Statistics compiled by the Government of India from the reports of provincial Civil Veterinary Departments
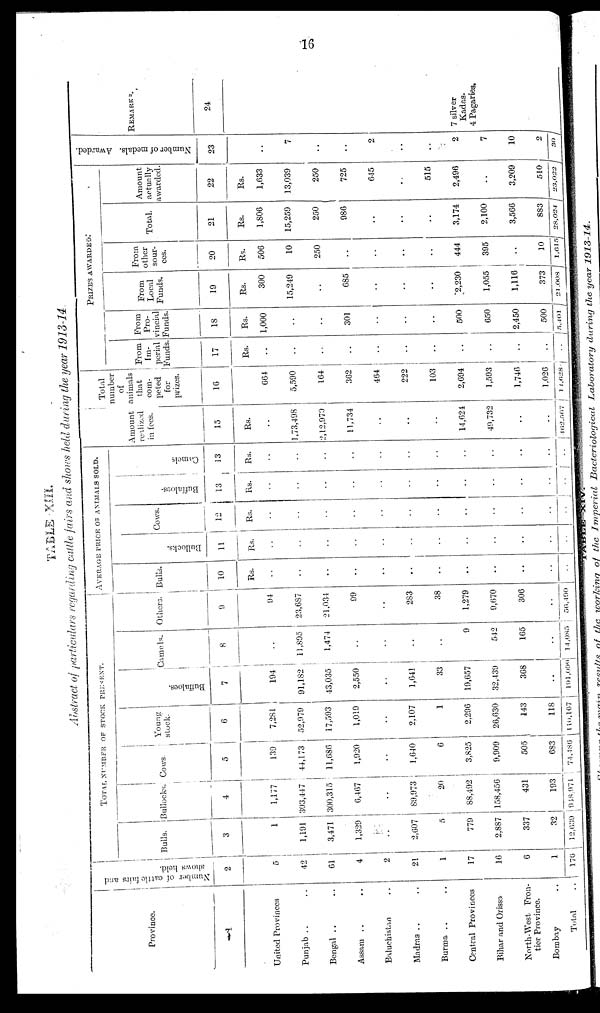
16
TABLE XIII.
Abstract of particulars regarding cattle fairs and shows held during the year 1913-14.
Province.
1
United Provinces
Punjab .. ..
Bengal .. ..
Assam .. ..
Baluchistan ..
Madras .. ..
Burma .. ..
Central Provinces
Bihar and Orissa
North-West Fron-
tier Province.
Bombay ..
Total ..
Number of cattle fairs and
shows held.
2
5
42
61
4
2
21
1
17
16
6
1
176
TOTAL NUMBER OF STOCK PRESENT.
Bulls.
3
1
1,191
3,471
1,329
..
2,607
5
779
2,887
337
32
12,639
Bullocks.
4
1,177
303,447
300,315
6,467
..
89,973
20
88,492
158,456
431
193
948,971
Cows
5
139
44,173
11,686
1,920
..
1,640
6
3,825
9,909
505
683
74,186
Young
stock.
6
7,281
52,979
17,593
1,019
..
2,107
1
2,296
26,630
143
118
110,167
Buffaloes.
7
194
91,182
43,035
2,550
..
1,641
33
19,657
32,439
368
..
191,099
Camels.
8
..
11,895
1,474
..
..
..
..
9
542
165
..
14,085
Others.
9
94
23,687
21,034
99
..
283
38
1,279
9,670
306
....
56,190
AVERAGE PRICE OF ANIMALS SOLD.
Bulls.
10
Rs.
..
..
..
..
..
..
..
..
....
..
..
..
Bullocks.
11
Rs.
..
..
..
..
..
..
..
..
..
..
..
..
Cows.
12
Rs.
..
..
..
..
..
..
..
..
..
..
..
..
Buffaloes-
i3
Rs.
..
..
..
..
..
..
..
..
..
..
..
..
Camels
13
Rs.
..
..
..
..
..
..
..
..
..
..
..
..
Amount
realized
in fees.
15
Rs.
..
1,73,498
2,12,979
11,734
..
..
..
14,624
49,732
..
..
162,567
Total
number
of
animals
that
com-
peted
for
prizes.
16
664
5,590
164
362
464
222
103
2,694
1,593
1,746
1,026
14,628
PRIZES AWARDED.
From
Im-
perial
Funds.
17
Rs.
..
..
..
..
..
....
..
..
..
..
..
..
From
Pro-
vincial
Funds.
18
Rs.
1,000
..
....
301
..
....
..
500
650
2,450
500
5,401
From
Local
Funds.
19
Rs.
300
15,249
..
685
....
..
....
2,230
1,055
1,116
373
21,008
From
other
sour-
ces.
20
Rs.
506
10
250
..
..
....
....
444
395
..
10
1,615
Total.
21
Rs.
1,806
15,259
250
986
....
....
....
3,174
2,100
3,566
883
28,024
Amount
actually
awarded
22
Rs.
1,633
13,039
250
725
645
..
515
2,496
..
3,209
510
23,022
Number of medals. Awarded.
23
..
7
..
..
2
..
..
2
7
10
2
30
REMARKS.
24
7 silver
Kadas.
4 Pagaries.
TABLE XIV.
Showing the main results of the working of the Imperial
Bacteriological
Laboratory
during the year
1913-14.